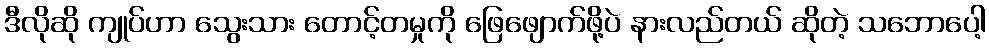
ဒီလိုဆို ကျုပ်ဟာ သွေးသား တောင့်တမှုကို ဖြေဖျောက်ဖို့ပဲ နားလည်တယ် ဆိုတဲ့ သဘောပေါ့